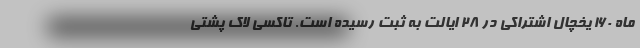
ماه 160 یخچال اشتراکی در 28 ایالت به ثبت رسیده است. تاکسی لاک پشتی